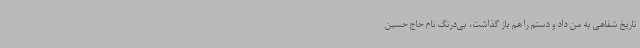
تاریخ شفاهی به من داد و دستم را هم باز گذاشت، بی‌درنگ نام حاج حسین